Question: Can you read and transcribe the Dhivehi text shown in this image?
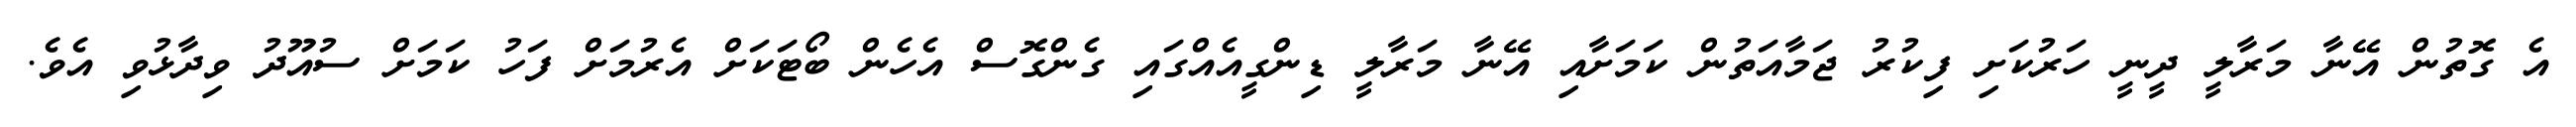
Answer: އެ ގޮތުން އޭނާ މަރާލީ ދީނީ ހަރުކަށި ފިކުރު ޖަމާއަތުން ކަމަށާއި އޭނާ މަރާލީ ޑިންގީއެއްގައި ގެންގޮސް އެހެން ބޯޓަކަށް އެރުމަށް ފަހު ކަމަށް ސުއޫދު ވިދާޅުވި އެވެ.